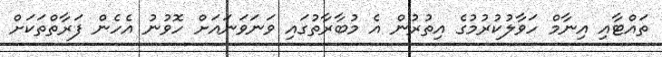
ތައްޓާއި އިނާމް ހަވާލުކުރުމުގެ އިތުރުން އެ މުބާރާތުގައި ވަނަވަނައަށް ހޮވުނު އެހެން ފަރާތްތަކަށް